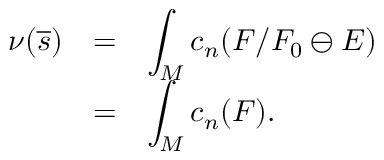
\begin{array} { l l l } { { \nu ( \overline { { { s } } } ) } } & { { = } } & { { \displaystyle \int _ { M } c _ { n } ( F / F _ { 0 } \ominus E ) } } \\ { { } } & { { = } } & { { \displaystyle \int _ { M } c _ { n } ( F ) . } } \end{array}